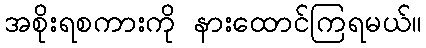
အစိုးရစကားကို နားထောင်ကြရမယ်။